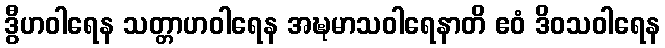
ဒွီဟဝါရေန သတ္တာဟဝါရေန အဍ္ဎမာသဝါရေနာတိ ဧဝံ ဒိဝသဝါရေန